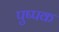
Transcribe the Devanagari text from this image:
पुष्‍पक